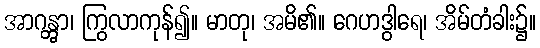
အာဂန္တွာ၊ ကြွလာကုန်၍။ မာတု၊ အမိ၏။ ဂေဟဒွါရေ၊ အိမ်တံခါး၌။